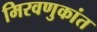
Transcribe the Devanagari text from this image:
मिरवणुकांत